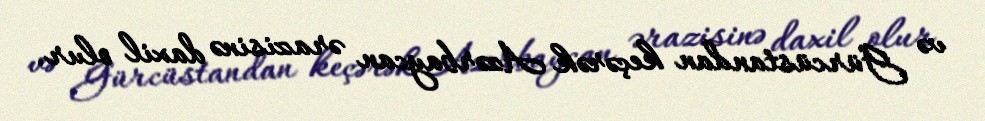
və Gürcüstandan keçərək Azərbaycan ərazisinə daxil olur.